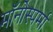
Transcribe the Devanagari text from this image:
मॉनोस्पर्मा